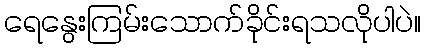
ရေနွေးကြမ်းသောက်ခိုင်းရသလိုပါပဲ။